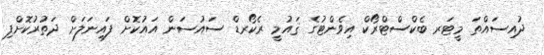
ދުއިސައްތަ މީޓަރ ބެކްސްޓްރޯކް އިވެންޓުގެ ޤައުމީ ރެކޯރޑް ސައުސަން އައުކޮށް ފައިނަލަށް ދަތުރުކޮށްފި